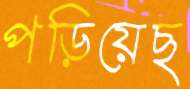
পড়িয়েছ